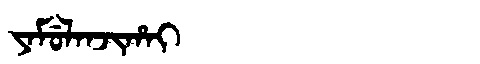
Manchu: ᠶᠠᠮᡠᠯᠠᠨᠵᡳᡥᠠᡳ
Romanization: YAMULANJIHAI